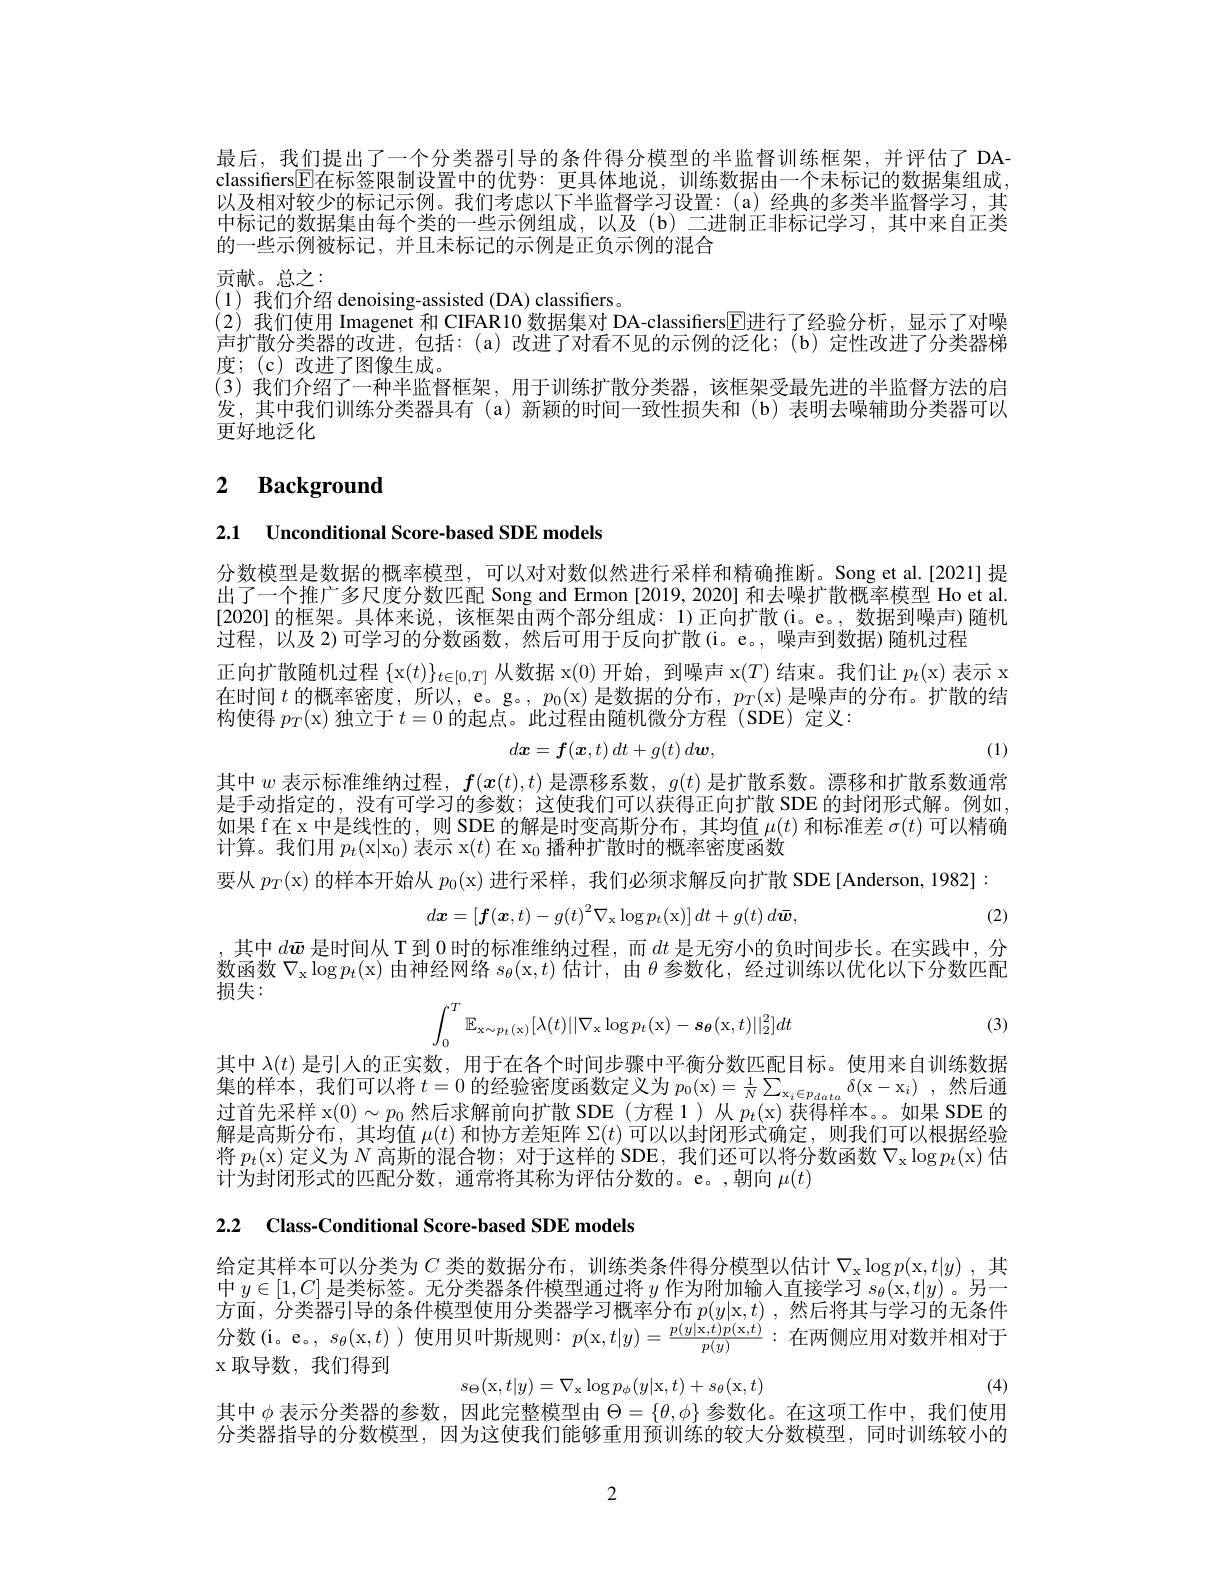
最后，我们提出了一个分类器引导的条件得分模型的半监督训练框架，并评估了 DAclassifers$\boxed{\mathrm{F}}$在标签限制设置中的优势：更具体地说，训练数据由一个未标记的数据集组成， 以及相对较少的标记示例。我们考虑以下半监督学习设置：(a) 经典的多类半监督学习，其中标记的数据集由每个类的一些示例组成，以及(b) 二进制正非标记学习，其中来自正类的一些示例被标记，并且未标记的示例是正负示例的混合

贡献。总之：
(1)我们介绍 denoising-assisted (DA) classifiers。
(2)我们使用 Imagenet 和 CIFAR10 数据集对 DA-classifiers$\overline{\mathrm{E}}$进行了经验分析，显示了对噪声扩散分类器的改进，包括：(a)改进了对看不见的示例的泛化；(b)定性改进了分类器梯度；(c)改进了图像生成。
(3)我们介绍了一种半监督框架，用于训练扩散分类器，该框架受最先进的半监督方法的启发，其中我们训练分类器具有(a)新颖的时间一致性损失和(b)表明去噪辅助分类器可以更好地泛化

# 2 $\textbf{Background}$

2.1 Unconditional Score-based SDE models

分数模型是数据的概率模型，可以对对数似然进行采样和精确推断。Song et al.[2021]提出了一个推广多尺度分数匹配 Song and Ermon [2019,2020] 和去噪扩散概率模型 Ho et al. [2020]的框架。具体来说，该框架由两个部分组成：1)正向扩散(i。e。,数据到噪声)随机过程，以及 2)可学习的分数函数，然后可用于反向扩散(i。e。,噪声到数据)随机过程
正向扩散随机过程$\{$x$(t)\}_t\in[0,T]$从数据 x(0)开始，到噪声 x$(T)$结束。我们让$p_t($x)表示 x 在时间$t$的概率密度，所以，e。g。, $p_0($x)是数据的分布，$p_T($x)是噪声的分布。扩散的结构使得$p_T($x) 独立于$t=0$的起点。此过程由随机微分方程 (SDE)定义
$$d\boldsymbol{x}=\boldsymbol{f}(\boldsymbol{x},t)\:dt+g(t)\:d\boldsymbol{w},$$
(1)

其中$w$表示标准维纳过程，$f(\boldsymbol{x}(t),t)$是漂移系数，$g(t)$是扩散系数。漂移和扩散系数通常是手动指定的，没有可学习的参数；这使我们可以获得正向扩散 SDE 的封闭形式解。例如如果 f在 x 中是线性的，则 SDE 的解是时变高斯分布，其均值$\mu(t)$和标准差$\sigma(t)$可以精确计算。我们用$p_t($x$|\mathrm x_0)$表示 x$(t)$在 x$_0$播种扩散时的概率密度函数

要从$p_T($x)的样本开始从$p_0($x) 进行采样，我们必须求解反向扩散 SDE[Anderson, 1982]:
$$d\boldsymbol{x}=\left[\boldsymbol{f}(\boldsymbol{x},t)-g(t)^2\nabla_x\log p_t(\mathrm{x})\right]dt+g(t)\:d\bar{\boldsymbol{w}},$$
(2)

其中$d\bar{w}$是时间从 T 到0时的标准维纳过程，而$dt$是无穷小的负时间步长。在实践中，分数函数$\nabla_{\mathrm{x}}\log p_t($x)由神经网络$s_\theta($x$,t)$估计，由$\theta$参数化，经过训练以优化以下分数匹配损失：
$$\int_0^T\mathbb{E}_{\mathrm{x}\sim p_t(\mathrm{x})}[\lambda(t)||\nabla_\mathrm{x}\log p_t(\mathrm{x})-s_{\boldsymbol{\theta}}(\mathrm{x},t)||_2^2]dt$$
(3)

其中$\lambda(t)$是引人的正实数，用于在各个时间步骤中平衡分数匹配目标。使用来自训练数据集的样本，我们可以将$t=0$的经验密度函数定义为$p_0($x$) = \frac 1N\sum _{\mathrm{x} _i\in p_data}\delta ($x$- \mathrm{x} _i)$ ,然后通过首先采样 x$(0)\sim p_0$然后求解前向扩散 SDE (方程 1)从$p_t($x)获得样本。如果 SDE 的解是高斯分布，其均值$\mu(t)$和协方差矩阵$\Sigma(t)$可以以封闭形式确定，则我们可以根据经验将$p_t($x) 定义为$N$高斯的混合物；对于这样的 SDE, 我们还可以将分数函数$\nabla_\mathrm{x}\log p_t($x)估计为封闭形式的匹配分数，通常将其称为评估分数的。e。,朝向$\mu(t)$

2.2 Class-Conditional Score-based SDE models

给定其样本可以分类为$C$ 类的数据分布，训练类条件得分模型以估计 $\nabla _\mathrm{x} \log p($x$, t| y)$ ,其中$y\in[1,C]$是类标签。无分类器条件模型通过将$y$作为附加输入直接学习$s_\theta ($x$, t| y)$ 。另一方面，分类器引导的条件模型使用分类器学习概率分布$p(y|$x$,t)$ ,然后将其与学习的无条件
$s_\theta($x$,t)$
$$p(\mathrm{x},t|y)=\frac{p(y|\mathrm{x},t)p(\mathrm{x},t)}{p(y)}$$
x 取导数，我们得到

(4)
$$s_\Theta(\mathrm{x},t|y)=\nabla_\mathrm{x}\log p_\phi(y|\mathrm{x},t)+s_\theta(\mathrm{x},t)$$
其中$\phi$表示分类器的参数，因此完整模型由$\Theta=\{\theta,\phi\}$参数化。在这项工作中，我们使用

分类器指导的分数模型，因为这使我们能够重用预训练的较大分数模型，同时训练较小的

2